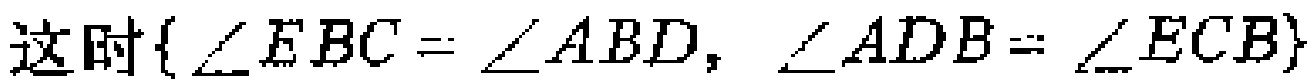
这时\(\{\angle EBC = \angle ABD, \angle ADB = \angle ECB\}\)